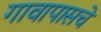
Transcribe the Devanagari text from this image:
गावापासचे